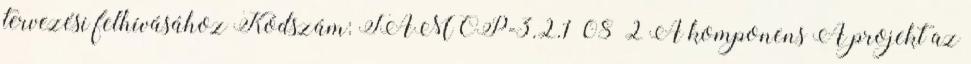
tervezési felhívásához Kódszám: TÁMOP-3.2.1 08 2 A komponens A projekt az